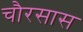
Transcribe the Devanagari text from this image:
चौरसास